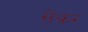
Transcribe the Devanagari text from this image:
सेकर